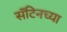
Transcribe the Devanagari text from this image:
सॅटिनच्या